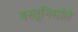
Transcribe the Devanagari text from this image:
वस्तूनिर्माते